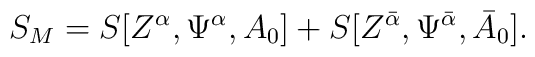
S_{M} =S[Z^{\alpha}, \Psi^{\alpha}, A_{0}]+S[Z^{{\bar \alpha}}, \Psi^{{\bar \alpha}}, {\bar A}_{0}] .